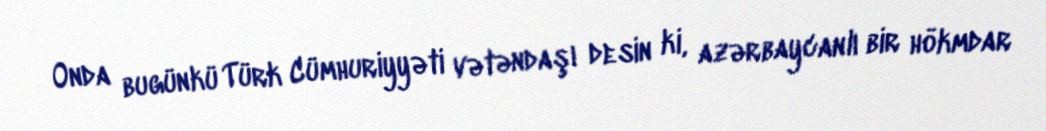
Onda bugünkü Türk Cümhuriyyəti vətəndaşı desin ki, azərbaycanlı bir hökmdar